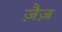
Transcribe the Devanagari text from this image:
ज़ैज़